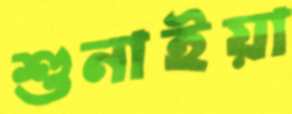
শুনাইয়া